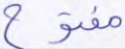
مفتوح